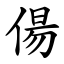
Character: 偒